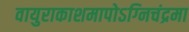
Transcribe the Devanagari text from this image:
वायुराकाशमापोऽग्‍निचंद्रमा